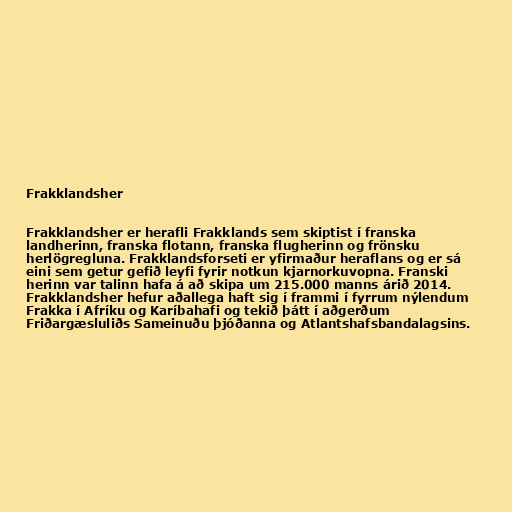
Frakklandsher

Frakklandsher er herafli Frakklands sem skiptist í franska
landherinn, franska flotann, franska flugherinn og frönsku
herlögregluna. Frakklandsforseti er yfirmaður heraflans og er sá
eini sem getur gefið leyfi fyrir notkun kjarnorkuvopna. Franski
herinn var talinn hafa á að skipa um 215.000 manns árið 2014.
Frakklandsher hefur aðallega haft sig í frammi í fyrrum nýlendum
Frakka í Afríku og Karíbahafi og tekið þátt í aðgerðum
Friðargæsluliðs Sameinuðu þjóðanna og Atlantshafsbandalagsins.